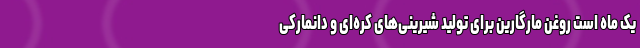
یک ماه است روغن مارگارین برای تولید شیرینی‌های کره‌ای و دانمارکی